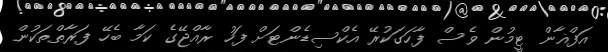
އަފްޣާން ޓީމުން ވެސް ފާހަގަކުރޭ އެކްސިޑެންޓަށް ފަހު ރާއްޖޭގެ ކަމާ ބެހޭ ފަރާތްތަކުން